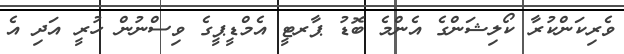
ވެރިކަންކުރާ ކޯލިޝަންގެ އެންމެ ބޮޑު ޕާރޓީ އެމްޑީޕީގެ ވިސްނުން ހުރީ އަދި އެ